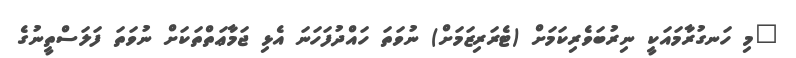
"މި ހަނގުރާމައަކީ ނިރުބަވެރިކަމަށް (ޓެރަރިޒަމަށް) ނުވަތަ ހައްދުފަހަނަ އެޅި ޖަމާޢަތްތަކަށް ނުވަތަ ފަލަސްތީނުގެ